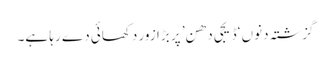
گزشتہ دنوں ‘ڈیجی دھن’ پر بڑا زور دکھائی دے رہا ہے۔